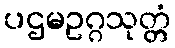
ပဌမဥဂ္ဂသုတ္တံ